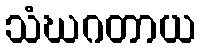
သံဃဂတာယ